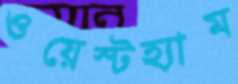
ওয়েস্টহ্যাম